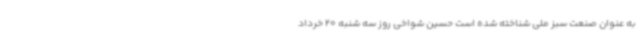
به عنوان صنعت سبز ملی شناخته شده است ‌حسین شواخی روز سه شنبه 20 خرداد